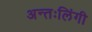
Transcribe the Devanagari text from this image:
अन्तःलिंगी